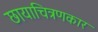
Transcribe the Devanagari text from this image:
छायाचित्रणकार